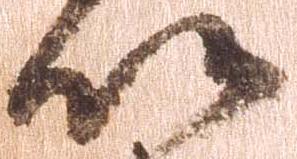
以